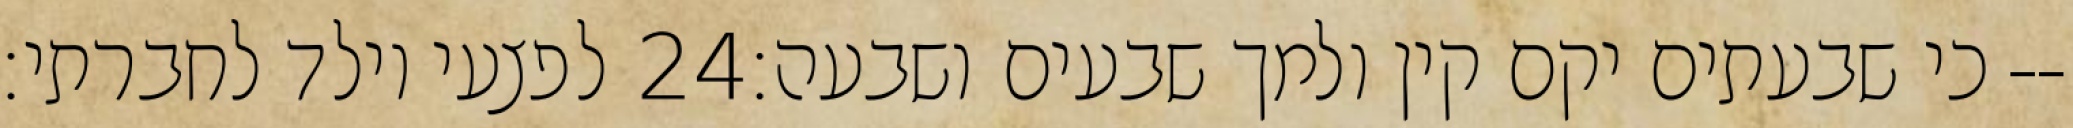
לפצעי וילד לחברתי׃ ‎24‏ כי שבעתים יקם קין ולמך שבעים ושבעה׃--